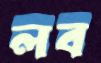
লব